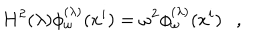
H ^ { 2 } ( \lambda ) \phi _ { \omega } ^ { ( \lambda ) } ( x ^ { i } ) = \omega ^ { 2 } \phi _ { \omega } ^ { ( \lambda ) } ( x ^ { i } ) ,